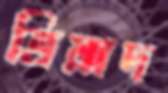
ত্রিয়াদ